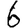
Digit: 6